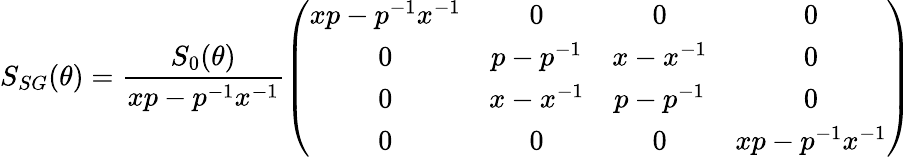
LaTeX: S_{SG}(\theta)=\frac{S_{0}(\theta)}{xp-p^{-1}x^{-1}}\left(\begin{array}{cccc}{{xp-p^{-1}x^{-1}}}&{{0}}&{{0}}&{{0}}\\ {{0}}&{{p-p^{-1}}}&{{x-x^{-1}}}&{{0}}\\ {{0}}&{{x-x^{-1}}}&{{p-p^{-1}}}&{{0}}\\ {{0}}&{{0}}&{{0}}&{{xp-p^{-1}x^{-1}}}\end{array}\right)\,